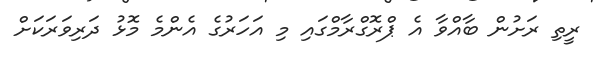
ރީތި ރަށުން ބާއްވާ އެ ޕްރޮގްރާމްގައި މި އަހަރުގެ އެންމެ މޮޅު ދަރިވަރަކަށް